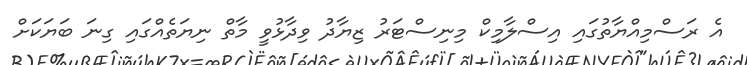
އެ ރަސްމިއްޔާތުގައި އިސްލާމިކް މިނިސްޓަރު ޒިޔާދު ވިދާޅުވީ މާތް ނިޔަތެއްގައި ގިނަ ބަޔަކަށް